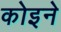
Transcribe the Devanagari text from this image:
कोइने